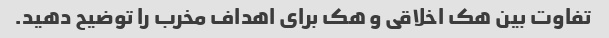
تفاوت بین هک اخلاقی و هک برای اهداف مخرب را توضیح دهید.